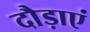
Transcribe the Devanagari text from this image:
दौड़ाएं